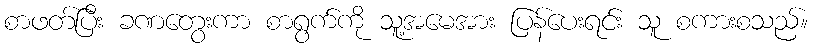
စာဖတ်ပြီး ခဏတွေးကာ စာရွက်ကို သူ့အမေအား ပြန်ပေးရင်း သူ စကားစသည်။